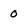
Character: 0